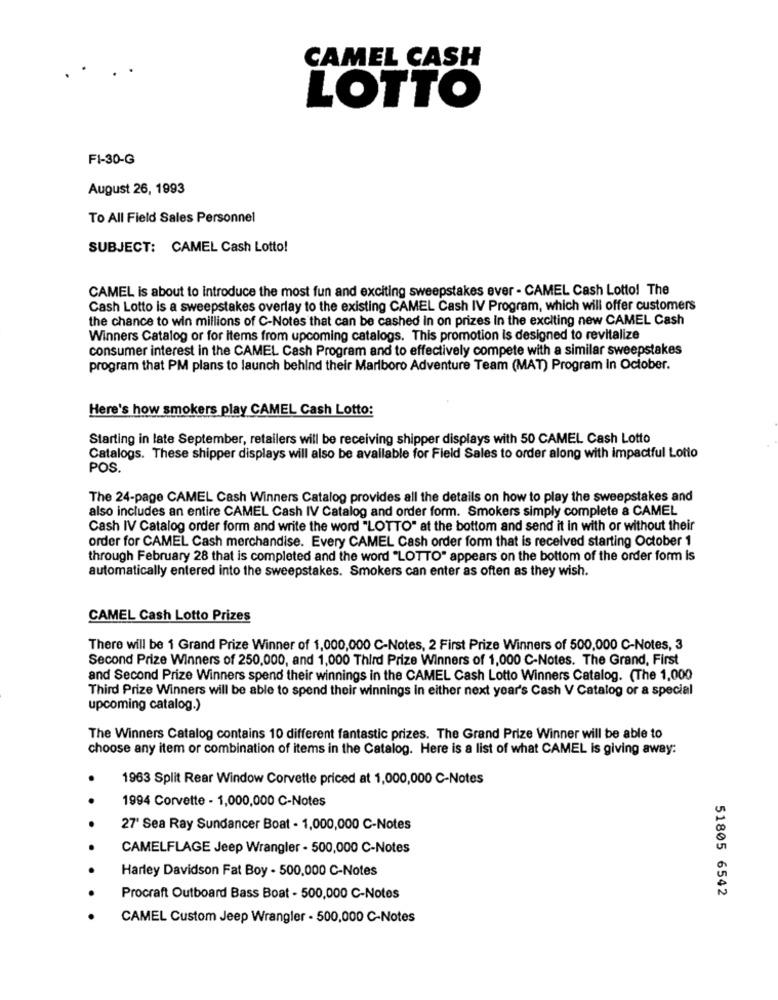
CAMEL CASH
LOTTO
FI-30-G
August 26, 1993
To All Field Sales Personnel
SUBJECT: CAMEL Cash Lotto!
CAMEL is about to introduce the most fun and exciting sweepstakes ever - CAMEL Cash Lotto! The
Cash Lotto is a sweepstakes overlay to the existing CAMEL Cash IV Program, which will offer customers
the chance to win millions of C-Notes that can be cashed in on prizes in the exciting new CAMEL Cash
Winners Catalog or for items from upcoming catalogs. This promotion is designed to revitalize
consumer interest in the CAMEL Cash Program and to effectively compete with a similar sweepstakes
program that PM plans to launch behind their Marlboro Adventure Team (MAT) Program In October.
Here's how smokers play CAMEL Cash Lotto:
Starting in late September, retailers will be receiving shipper displays with 50 CAMEL Cash Lotto
Catalogs. These shipper displays will also be available for Field Sales to order along with impactful Lotto
POS.
The 24-page CAMEL Cash Winners Catalog provides all the details on how to play the sweepstakes and
also includes an entire CAMEL Cash IV Catalog and order form. Smokers simply complete a CAMEL
Cash IV Catalog order form and write the word "LOTTO" at the bottom and send it in with or without their
order for CAMEL Cash merchandise. Every CAMEL Cash order form that is received starting October 1
through February 28 that is completed and the word "LOTTO" appears on the bottom of the order form is
automatically entered into the sweepstakes. Smokers can enter as often as they wish.
CAMEL Cash Lotto Prizes
There will be 1 Grand Prize Winner of 1,000,000 C-Notes, 2 First Prize Winners of 500,000 C-Notes, 3
Second Prize Winners of 250,000, and 1,000 Third Prize Winners of 1,000 C-Notes. The Grand, First
and Second Prize Winners spend their winnings in the CAMEL Cash Lotto Winners Catalog. (The 1,000
Third Prize Winners will be able to spend their winnings in either next year's Cash V Catalog or a special
upcoming catalog.)
The Winners Catalog contains 10 different fantastic prizes. The Grand Prize Winner will be able to
choose any item or combination of items in the Catalog. Here is a list of what CAMEL is giving away:
1963 Split Rear Window Corvette priced at 1,000,000 C-Notes
1994 Corvette - 1,000,000 C-Notes
. .
.
27' Sea Ray Sundancer Boat - 1,000,000 C-Notes
CAMELFLAGE Jeep Wrangler - 500,000 C-Notes
Harley Davidson Fat Boy - 500,000 C-Notes
51805 6542
Procraft Outboard Bass Boat - 500,000 C-Notes
CAMEL Custom Jeep Wrangler - 500,000 C-Notes